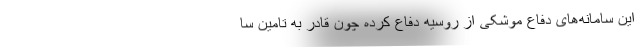
این سامانه‌های دفاع موشکی از روسیه دفاع کرده چون قادر به تامین سا